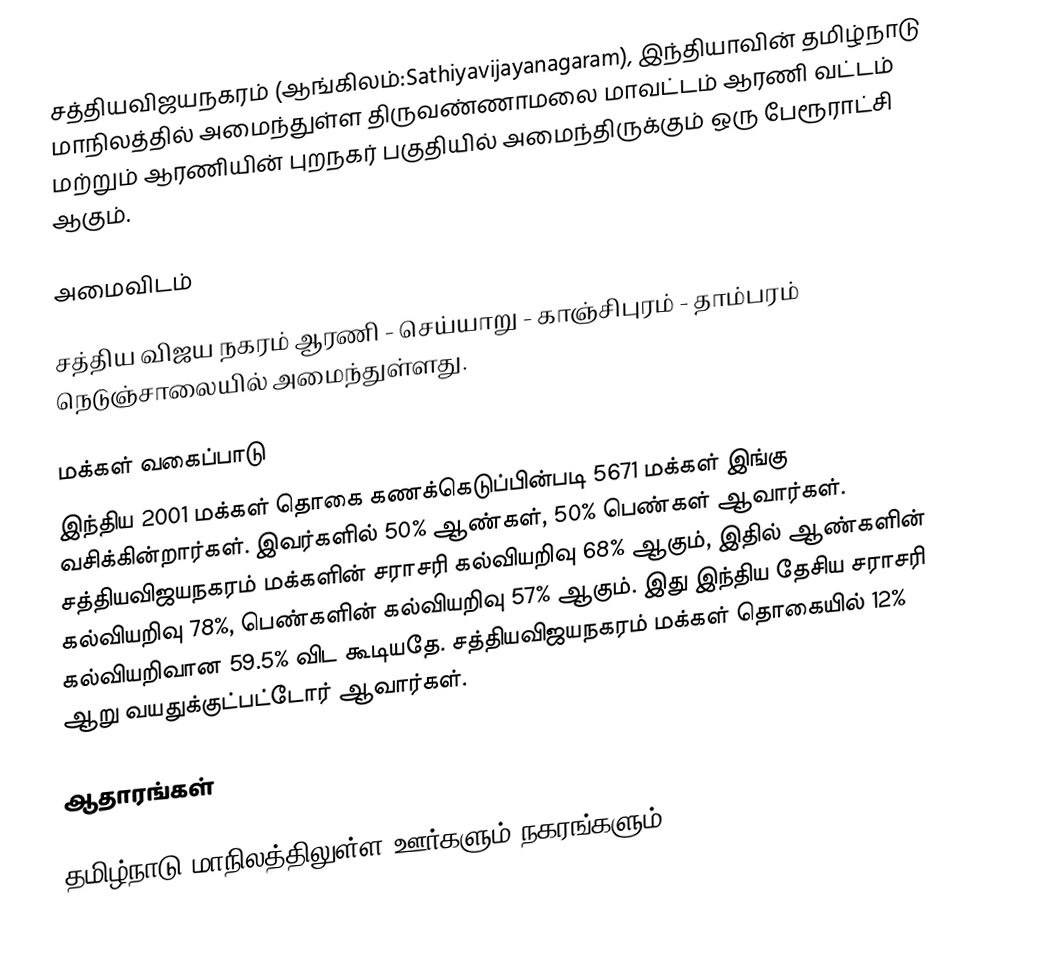
சத்தியவிஜயநகரம் (ஆங்கிலம்:Sathiyavijayanagaram), இந்தியாவின் தமிழ்நாடு மாநிலத்தில் அமைந்துள்ள திருவண்ணாமலை மாவட்டம் ஆரணி வட்டம் மற்றும் ஆரணியின் புறநகர் பகுதியில் அமைந்திருக்கும் ஒரு பேரூராட்சி  ஆகும்.

அமைவிடம்

சத்திய விஜய நகரம் ஆரணி - செய்யாறு - காஞ்சிபுரம் - தாம்பரம் நெடுஞ்சாலையில் அமைந்துள்ளது.

மக்கள் வகைப்பாடு
இந்திய 2001 மக்கள் தொகை கணக்கெடுப்பின்படி 5671 மக்கள் இங்கு வசிக்கின்றார்கள். இவர்களில் 50% ஆண்கள், 50% பெண்கள் ஆவார்கள். சத்தியவிஜயநகரம் மக்களின் சராசரி கல்வியறிவு 68% ஆகும்,  இதில் ஆண்களின் கல்வியறிவு 78%,  பெண்களின் கல்வியறிவு 57% ஆகும். இது இந்திய தேசிய சராசரி கல்வியறிவான 59.5% விட கூடியதே. சத்தியவிஜயநகரம் மக்கள் தொகையில் 12%  ஆறு வயதுக்குட்பட்டோர் ஆவார்கள்.

ஆதாரங்கள்

தமிழ்நாடு மாநிலத்திலுள்ள ஊர்களும் நகரங்களும்